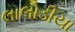
લાલોડીયા